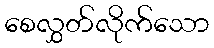
စေလွှတ်လိုက်သော